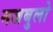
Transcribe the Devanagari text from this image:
नजबुलो